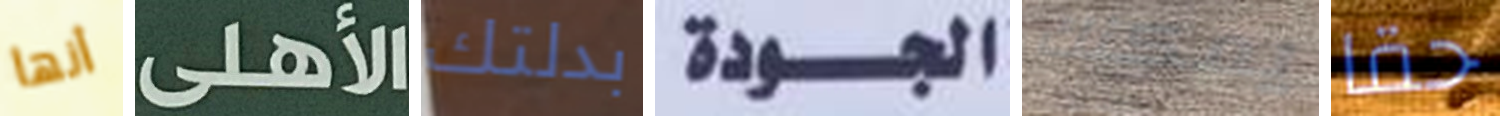
أنها الأهلى بدلتك الجودة يمكنك حقا